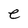
Character: e